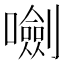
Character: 𡃍